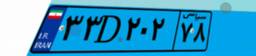
۱۸D۸۷۴۰۴